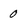
Character: 0